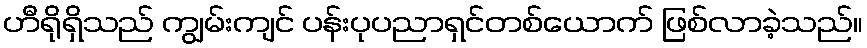
ဟီရိုရှိသည် ကျွမ်းကျင် ပန်းပုပညာရှင်တစ်ယောက် ဖြစ်လာခဲ့သည်။